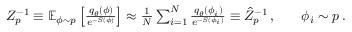
\begin{array} { r l r } { Z _ { p } ^ { - 1 } \equiv \mathbb { E } _ { \phi \sim p } \left[ \frac { q _ { \theta } ( \phi ) } { e ^ { - S ( \phi ) } } \right] \approx \frac { 1 } { N } \sum _ { i = 1 } ^ { N } \frac { q _ { \theta } ( \phi _ { i } ) } { e ^ { - S ( \phi _ { i } ) } } \equiv \hat { Z } _ { p } ^ { - 1 } \, , } & { } & { \phi _ { i } \sim p \, . } \end{array}